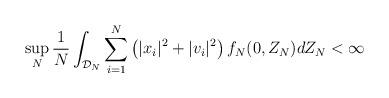
LaTeX: \begin{align*}\sup_N \frac{1}{N} \int_{\mathcal{D}_N}\sum_{i=1}^N \left( |x_i|^2 + |v_i|^2 \right)f_N (0,Z_N) dZ_N < \infty\end{align*}